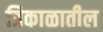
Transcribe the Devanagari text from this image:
त्रिकाळातील